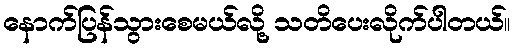
နောက်ပြန်သွားစေမယ်လို့ သတိပေးလိုက်ပါတယ်။